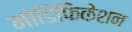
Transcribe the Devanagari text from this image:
मोडिफिकेशन